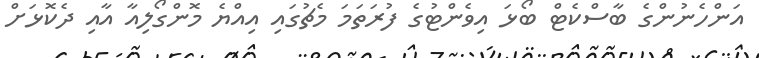
އަންހެނުންގެ ބާސްކެޓް ބޯޅަ އިވެންޓުގެ ފުރަތަމަ މެޗުގައި އިއްޔެ މޮންގޯލިއާ އާއި ދެކޮޅަށް